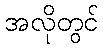
အလိုတွင်